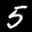
Label: 5